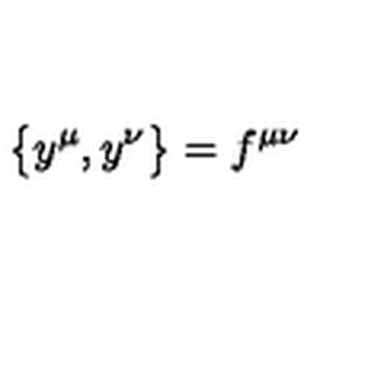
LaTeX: \bigl \{ y ^ { \mu } , y ^ { \nu } \bigr \} = f ^ { \mu \nu }